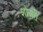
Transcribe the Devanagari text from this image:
शोअरी